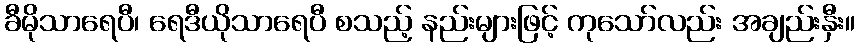
ခီမိုသာရေပီ၊ ရေဒီယိုသာရေပီ စသည့် နည်းများဖြင့် ကုသော်လည်း အချည်းနှီး။